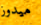
ميدوز